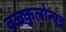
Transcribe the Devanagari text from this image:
वज्रकुलोत्पन्न